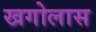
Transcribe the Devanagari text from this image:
खगोलास